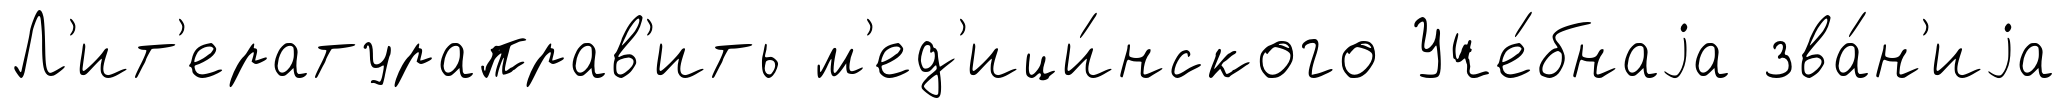
Л'ит'ератураправ'ить м'ед'ици́нского Уче́бнаjа зва́н'иjа